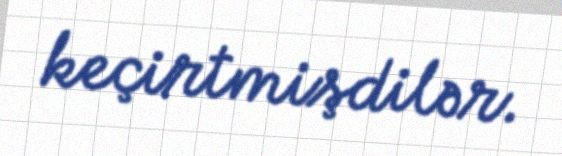
keçirtmişdilər.